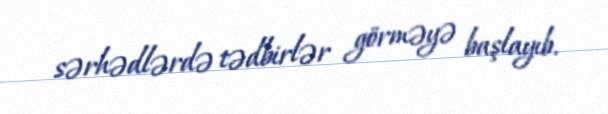
sərhədlərdə tədbirlər görməyə başlayıb.